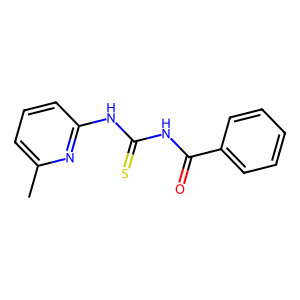
SMILES: Cc1cccc(NC(=S)NC(=O)c2ccccc2)n1
Inhibits HIV replication: No